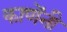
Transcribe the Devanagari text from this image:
काणेंनी